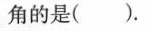
角的是( ).